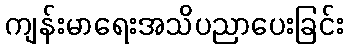
ကျန်းမာရေးအသိပညာပေးခြင်း